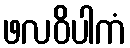
ဖလဝိပါကံ